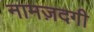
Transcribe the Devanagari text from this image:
नामज़दगी